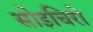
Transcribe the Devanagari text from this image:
सोइचिरो